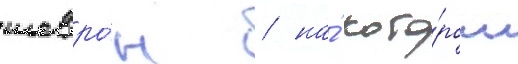
шевро́н / на́ кото́ром